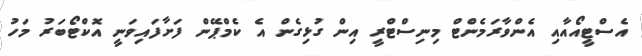
އެސްޓީއޯއާއި އެންވާރަމެންޓް މިނިސްޓްރީ އިން ގުޅިގެން އެ ކެމްޕޭން ފަށާފައިވަނީ އޮކްޓޯބަރު މަހު